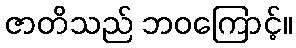
ဇာတိသည် ဘဝကြောင့်။